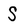
Character: S